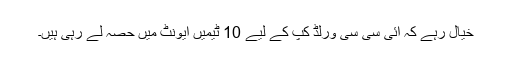
خیال رہے کہ آئی سی سی ورلڈ کپ کے لیے 10 ٹیمیں ایونٹ میں حصہ لے رہی ہیں۔